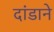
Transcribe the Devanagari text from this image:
दांडाने